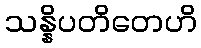
သန္နိပတိတေဟိ